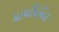
ચાપમિનિટ